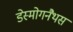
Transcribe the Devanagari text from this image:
डेस्मोगनैथस